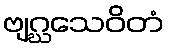
ဗျဂ္ဃသေဝိတံ